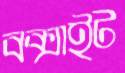
বক্সাইট